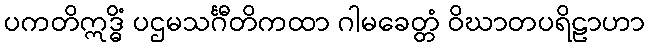
ပကတိဣဒ္ဓိံ ပဌမသင်္ဂီတိကထာ ဂါမခေတ္တံ ဝိဃာတပရိဠာဟာ